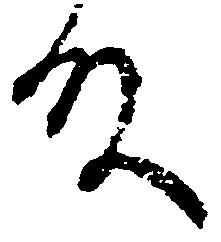
殿